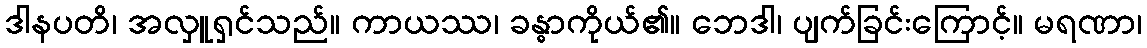
ဒါနပတိ၊ အလှူရှင်သည်။ ကာယဿ၊ ခန္ဓာကိုယ်၏။ ဘေဒါ၊ ပျက်ခြင်းကြောင့်။ မရဏာ၊